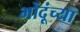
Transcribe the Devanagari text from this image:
भोंदूंच्या